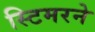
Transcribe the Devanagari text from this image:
स्टिमरने